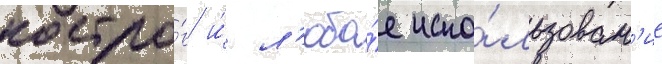
костро́в и́ л'юбо́е испо́льзован'ие